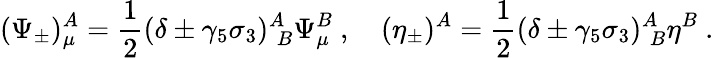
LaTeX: (\Psi_{\pm})_{\mu}^{A}=\frac{1}{2}(\delta\pm\gamma_{5}\sigma_{3})_{\; B}^{A}\Psi_{\mu}^{B}\ ,\quad(\eta_{\pm})^{A}=\frac{1}{2}(\delta\pm\gamma_{5}\sigma_{3})_{\; B}^{A}\eta^{B}\ .